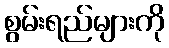
စွမ်းရည်များကို